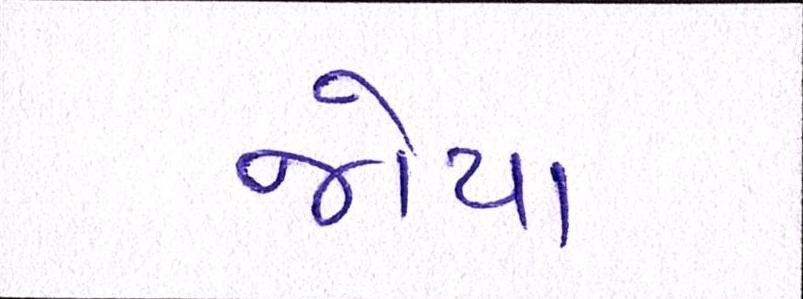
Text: જોયા